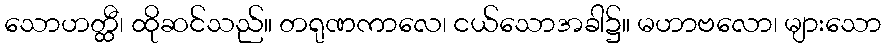
သောဟတ္ထီ၊ ထိုဆင်သည်။ တရုဏကာလေ၊ ငယ်သောအခါ၌။ မဟာဗလော၊ များသော